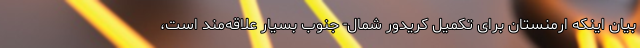
بیان اینکه ارمنستان برای تکمیل کریدور شمال- جنوب بسیار علاقه‌مند است،